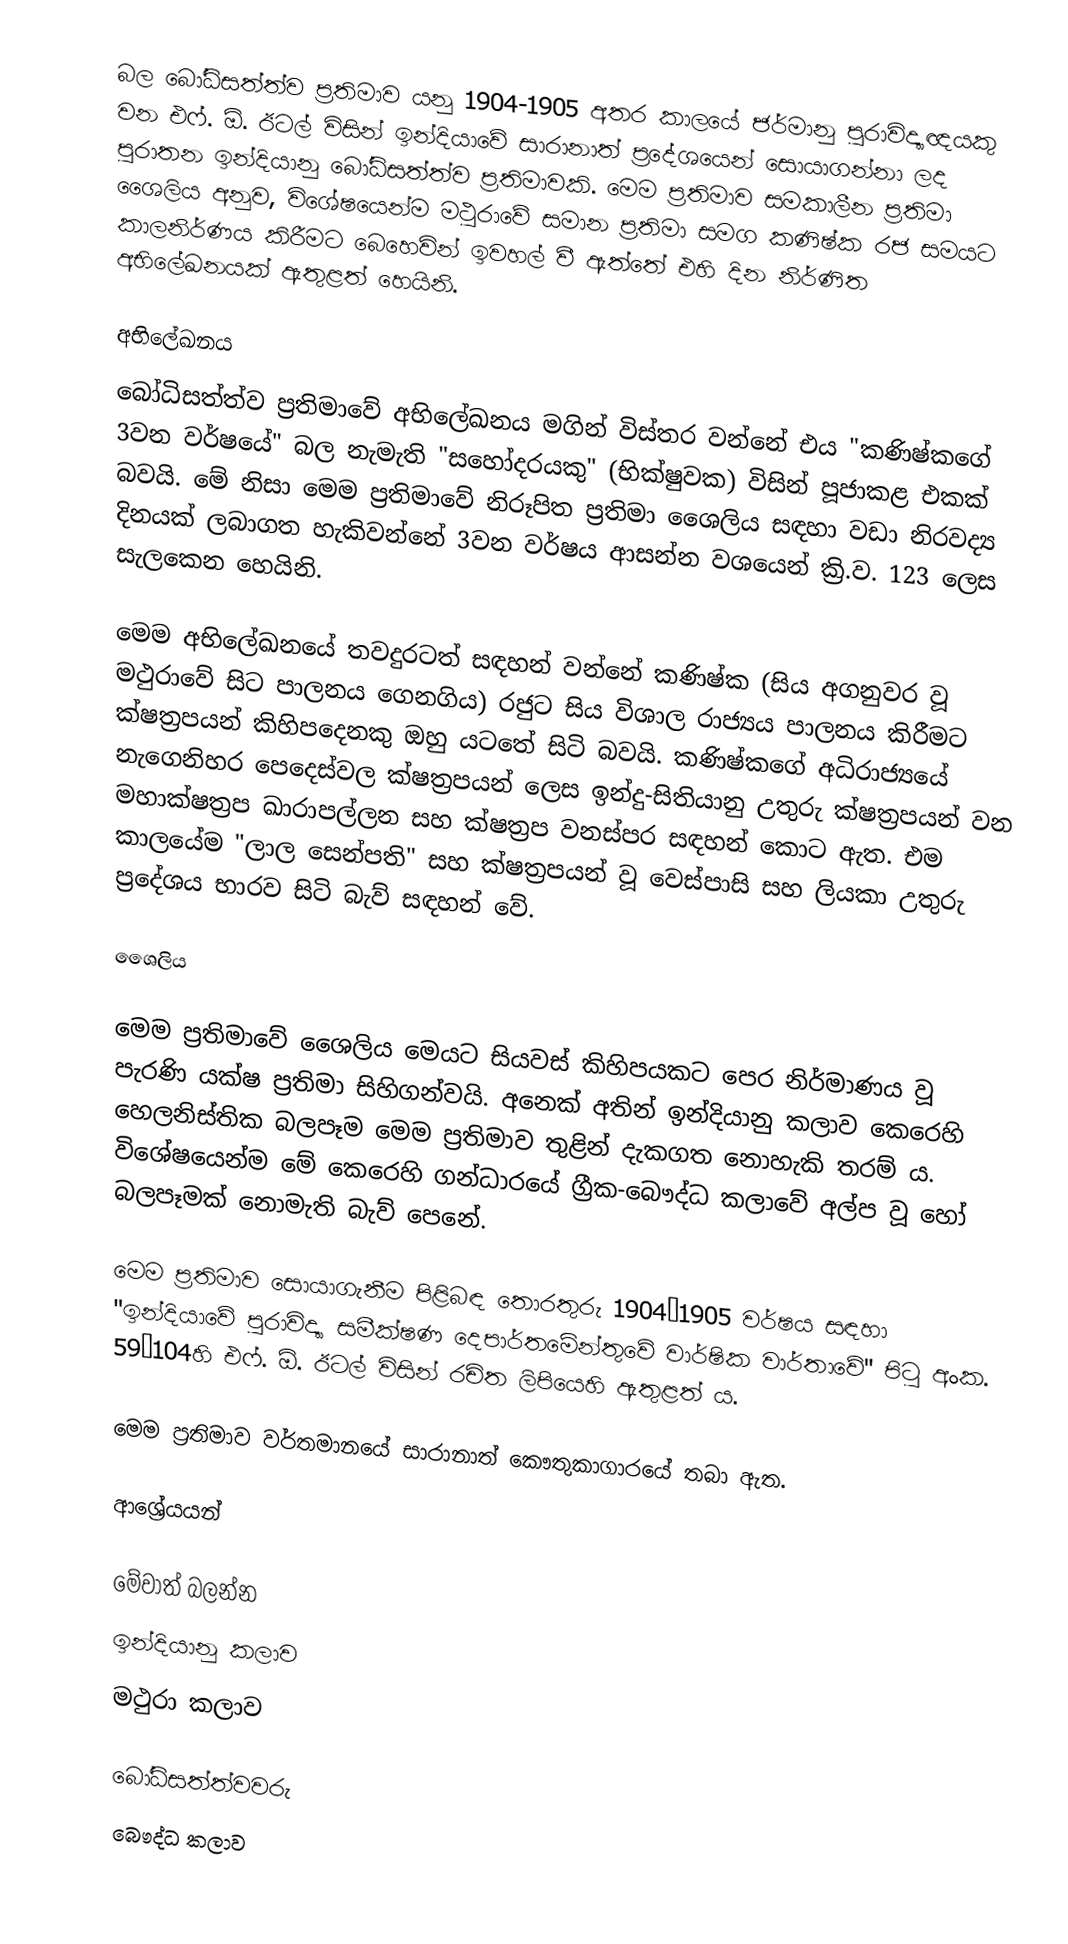
බල බෝධිසත්ත්ව ප්‍රතිමාව යනු 1904-1905 අතර කාලයේ ජර්මානු පුරාවිද්‍යාඥයකු වන එෆ්. ඕ. ඊටල් විසින් ඉන්දියාවේ සාරානාත් ප්‍රදේශයෙන් සොයාගන්නා ලද පුරාතන ඉන්දියානු බෝධිසත්ත්ව ප්‍රතිමාවකි. මෙම ප්‍රතිමාව සමකාලීන ප්‍රතිමා ශෛලිය අනුව, විශේෂයෙන්ම මථුරාවේ සමාන ප්‍රතිමා සමග කණිෂ්ක රජ සමයට කාලනිර්ණය කිරීමට බෙහෙවින් ඉවහල් වී ඇත්තේ එහි දින නිර්ණිත අභිලේඛනයක් ඇතුළත් හෙයිනි.

අභිලේඛනය
බෝධිසත්ත්ව ප්‍රතිමාවේ අභිලේඛනය මගින් විස්තර වන්නේ එය "කණිෂ්කගේ 3වන වර්ෂයේ" බල නැමැති "සහෝදරයකු" (භික්ෂුවක) විසින් පූජාකළ එකක් බවයි. මේ නිසා මෙම ප්‍රතිමාවේ නිරූපිත ප්‍රතිමා ශෛලිය සඳහා වඩා නිරවද්‍ය දිනයක් ලබාගත හැකිවන්නේ 3වන වර්ෂය ආසන්න වශයෙන් ක්‍රි.ව. 123 ලෙස සැලකෙන හෙයිනි.

මෙම අභිලේඛනයේ තවදුරටත් සඳහන් වන්නේ කණිෂ්ක (සිය අගනුවර වූ මථුරාවේ සිට පාලනය ගෙනගිය) රජුට සිය විශාල රාජ්‍යය පාලනය කිරීමට ක්ෂත්‍රපයන් කිහිපදෙනකු ඔහු යටතේ සිටි බවයි. කණිෂ්කගේ අධිරාජ්‍යයේ නැගෙනිහර පෙදෙස්වල ක්ෂත්‍රපයන් ලෙස ඉන්දු-සිතියානු උතුරු ක්ෂත්‍රපයන් වන මහාක්ෂත්‍රප ඛාරාපල්ලන සහ ක්ෂත්‍රප වනස්පර සඳහන් කොට ඇත. එම කාලයේම "ලාල සෙන්පති" සහ ක්ෂත්‍රපයන් වූ වෙස්පාසි සහ ලියකා උතුරු ප්‍රදේශය භාරව සිටි බැව් සඳහන් වේ.

ශෛලිය

මෙම ප්‍රතිමාවේ ශෛලිය මෙයට සියවස් කිහිපයකට පෙර නිර්මාණය වූ පැරණි යක්ෂ ප්‍රතිමා සිහිගන්වයි. අනෙක් අතින් ඉන්දියානු කලාව‍ කෙරෙහි හෙලනිස්තික බලපෑම මෙම ප්‍රතිමාව තුළින් දැකගත නොහැකි තරම් ය. විශේෂයෙන්ම මේ කෙරෙහි ගන්ධාරයේ ග්‍රීක-බෞද්ධ කලාවේ අල්ප වූ හෝ බලපෑමක් නොමැති බැව් පෙනේ.

මෙම ප්‍රතිමාව සොයාගැනීම පිළිබඳ තොරතුරු 1904–1905 වර්ෂය සඳහා "ඉන්දියාවේ පුරාවිද්‍යා සමීක්ෂණ දෙපාර්තමේන්තුවේ වාර්ෂික වාර්තාවේ" පිටු අංක. 59–104හි එෆ්. ඕ. ඊටල් විසින් රචිත ලිපියෙහි ඇතුළත් ය.

මෙම ප්‍රතිමාව වර්තමානයේ සාරානාත් කෞතුකාගාරයේ තබා ඇත.

ආශ්‍රේයයන්

මේවාත් බලන්න
ඉන්දියානු කලාව
මථුරා කලාව

බෝධිසත්ත්වවරු
බෞද්ධ කලාව